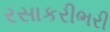
રસાકરીભરી